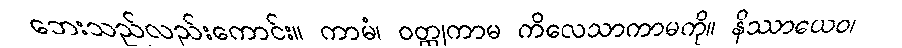
ဘေးသည်လည်းကောင်း။ ကာမံ၊ ဝတ္ထုကာမ ကိလေသာကာမကို။ နိဿာယေဝ၊